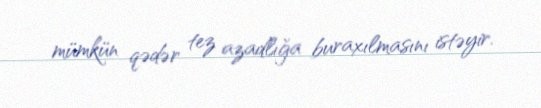
mümkün qədər tez azadlığa buraxılmasını istəyir.